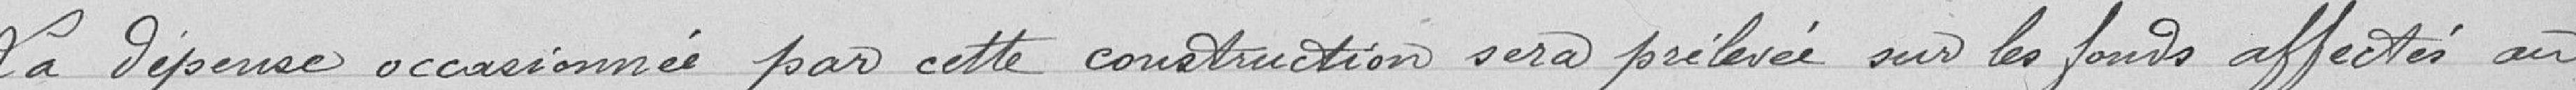
La dépense occasionnée par cette construction sera prélevée sur les fonds affectés au